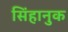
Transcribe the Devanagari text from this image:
सिंहानुक